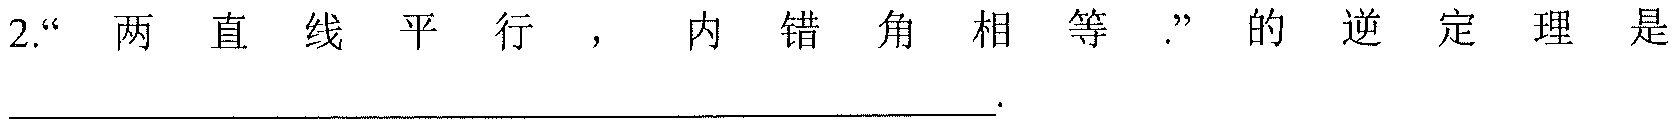
2.“两直线平行，内错角相等.”的逆定理是________________________________.